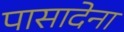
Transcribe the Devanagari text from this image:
पासादेना